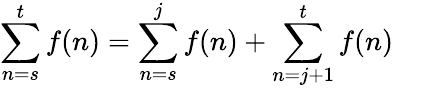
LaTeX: \sum_{n=s}^{t}f(n)=\sum_{n=s}^{j}f(n)+\sum_{n=j+1}^{t}f(n)\quad